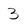
Character: 3